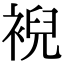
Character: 䘽